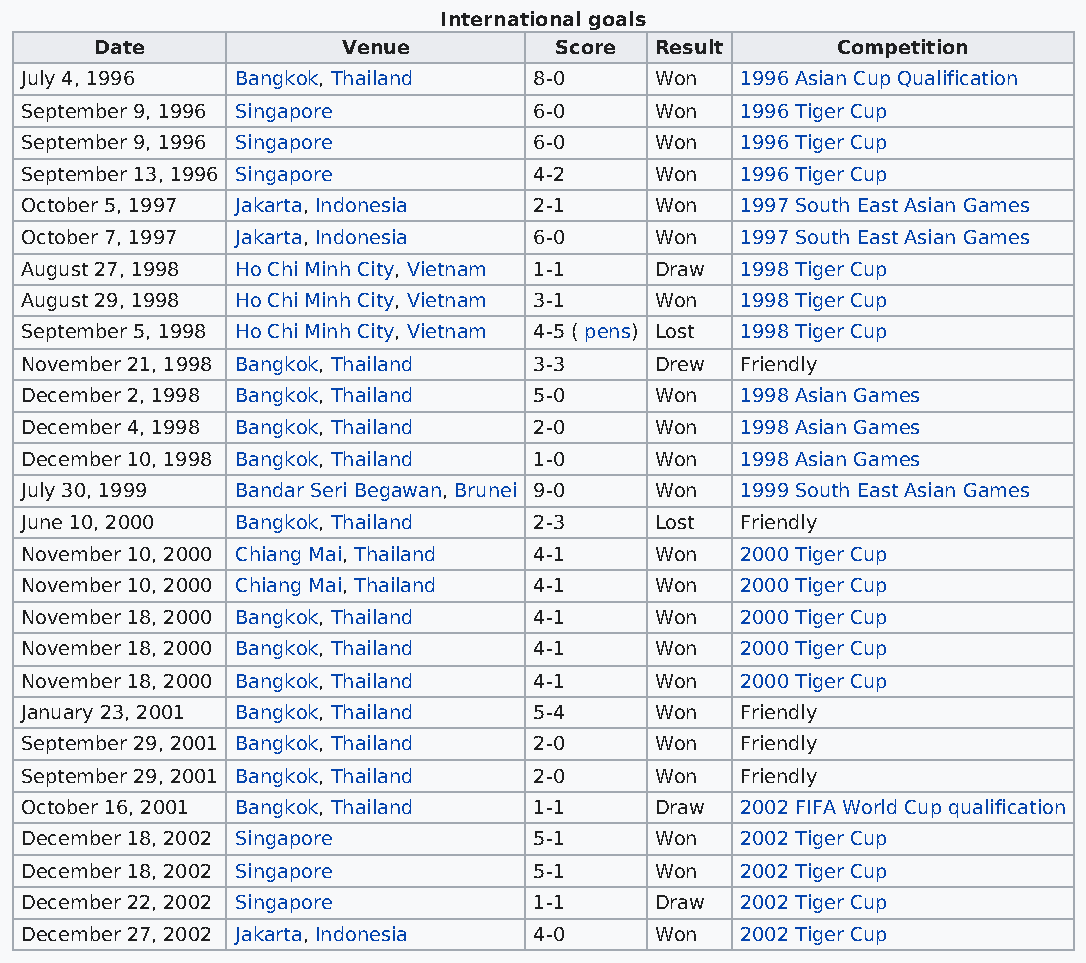
International goals
 Date             Venue         Score Result      Competition
 July 4, 1996   Bangkok, Thailand  8-0     Won   1996 Asian Cup Qualification
 September 9, 1996 Singapore       6-0     Won   1996 Tiger Cup
 September 9, 1996 Singapore       6-0     Won   1996 Tiger Cup
 September 13, 1996 Singapore      4-2     Won   1996 Tiger Cup
 October 5, 1997 Jakarta, Indonesia 2-1    Won   1997 South East Asian Games
 October 7, 1997 Jakarta, Indonesia 6-0    Won   1997 South East Asian Games
 August 27, 1998 Ho Chi Minh City, Vietnam 1-1 Draw 1998 Tiger Cup
 August 29, 1998 Ho Chi Minh City, Vietnam 3-1 Won 1998 Tiger Cup
 September 5, 1998 Ho Chi Minh City, Vietnam 4-5 ( pens) Lost 1998 Tiger Cup
 November 21, 1998 Bangkok, Thailand 3-3   Drew  Friendly
 December 2, 1998 Bangkok, Thailand 5-0    Won   1998 Asian Games
 December 4, 1998 Bangkok, Thailand 2-0    Won   1998 Asian Games
 December 10, 1998 Bangkok, Thailand 1-0   Won   1998 Asian Games
 July 30, 1999  Bandar Seri Begawan, Brunei 9-0 Won 1999 South East Asian Games
 June 10, 2000  Bangkok, Thailand  2-3     Lost  Friendly
 November 10, 2000 Chiang Mai, Thailand 4-1 Won  2000 Tiger Cup
 November 10, 2000 Chiang Mai, Thailand 4-1 Won  2000 Tiger Cup
 November 18, 2000 Bangkok, Thailand 4-1   Won   2000 Tiger Cup
 November 18, 2000 Bangkok, Thailand 4-1   Won   2000 Tiger Cup
 November 18, 2000 Bangkok, Thailand 4-1   Won   2000 Tiger Cup
 January 23, 2001 Bangkok, Thailand 5-4    Won   Friendly
 September 29, 2001 Bangkok, Thailand 2-0  Won   Friendly
 September 29, 2001 Bangkok, Thailand 2-0  Won   Friendly
 October 16, 2001 Bangkok, Thailand 1-1    Draw  2002 FIFA World Cup qualification
 December 18, 2002 Singapore       5-1     Won   2002 Tiger Cup
 December 18, 2002 Singapore       5-1     Won   2002 Tiger Cup
 December 22, 2002 Singapore       1-1     Draw  2002 Tiger Cup
 December 27, 2002 Jakarta, Indonesia 4-0  Won   2002 Tiger Cup